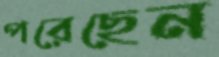
পরেছেন